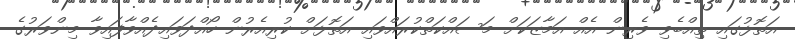
އަތޮޅުގައި ތިއްބެވި ވެރިން އެއް އަމާޒަކަށް މަސައްކަތްކުރައްވައި އަތޮޅަށް ކުރިއެރުން ހޯއްދަވައިދެއްވާފައިވާ މިންވަރުގެ